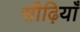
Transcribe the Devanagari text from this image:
सीढ़ियाँ